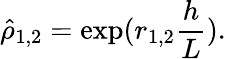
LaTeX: \hat{\rho}_{1,2}=\exp(r_{1,2}\frac{h}{L}).